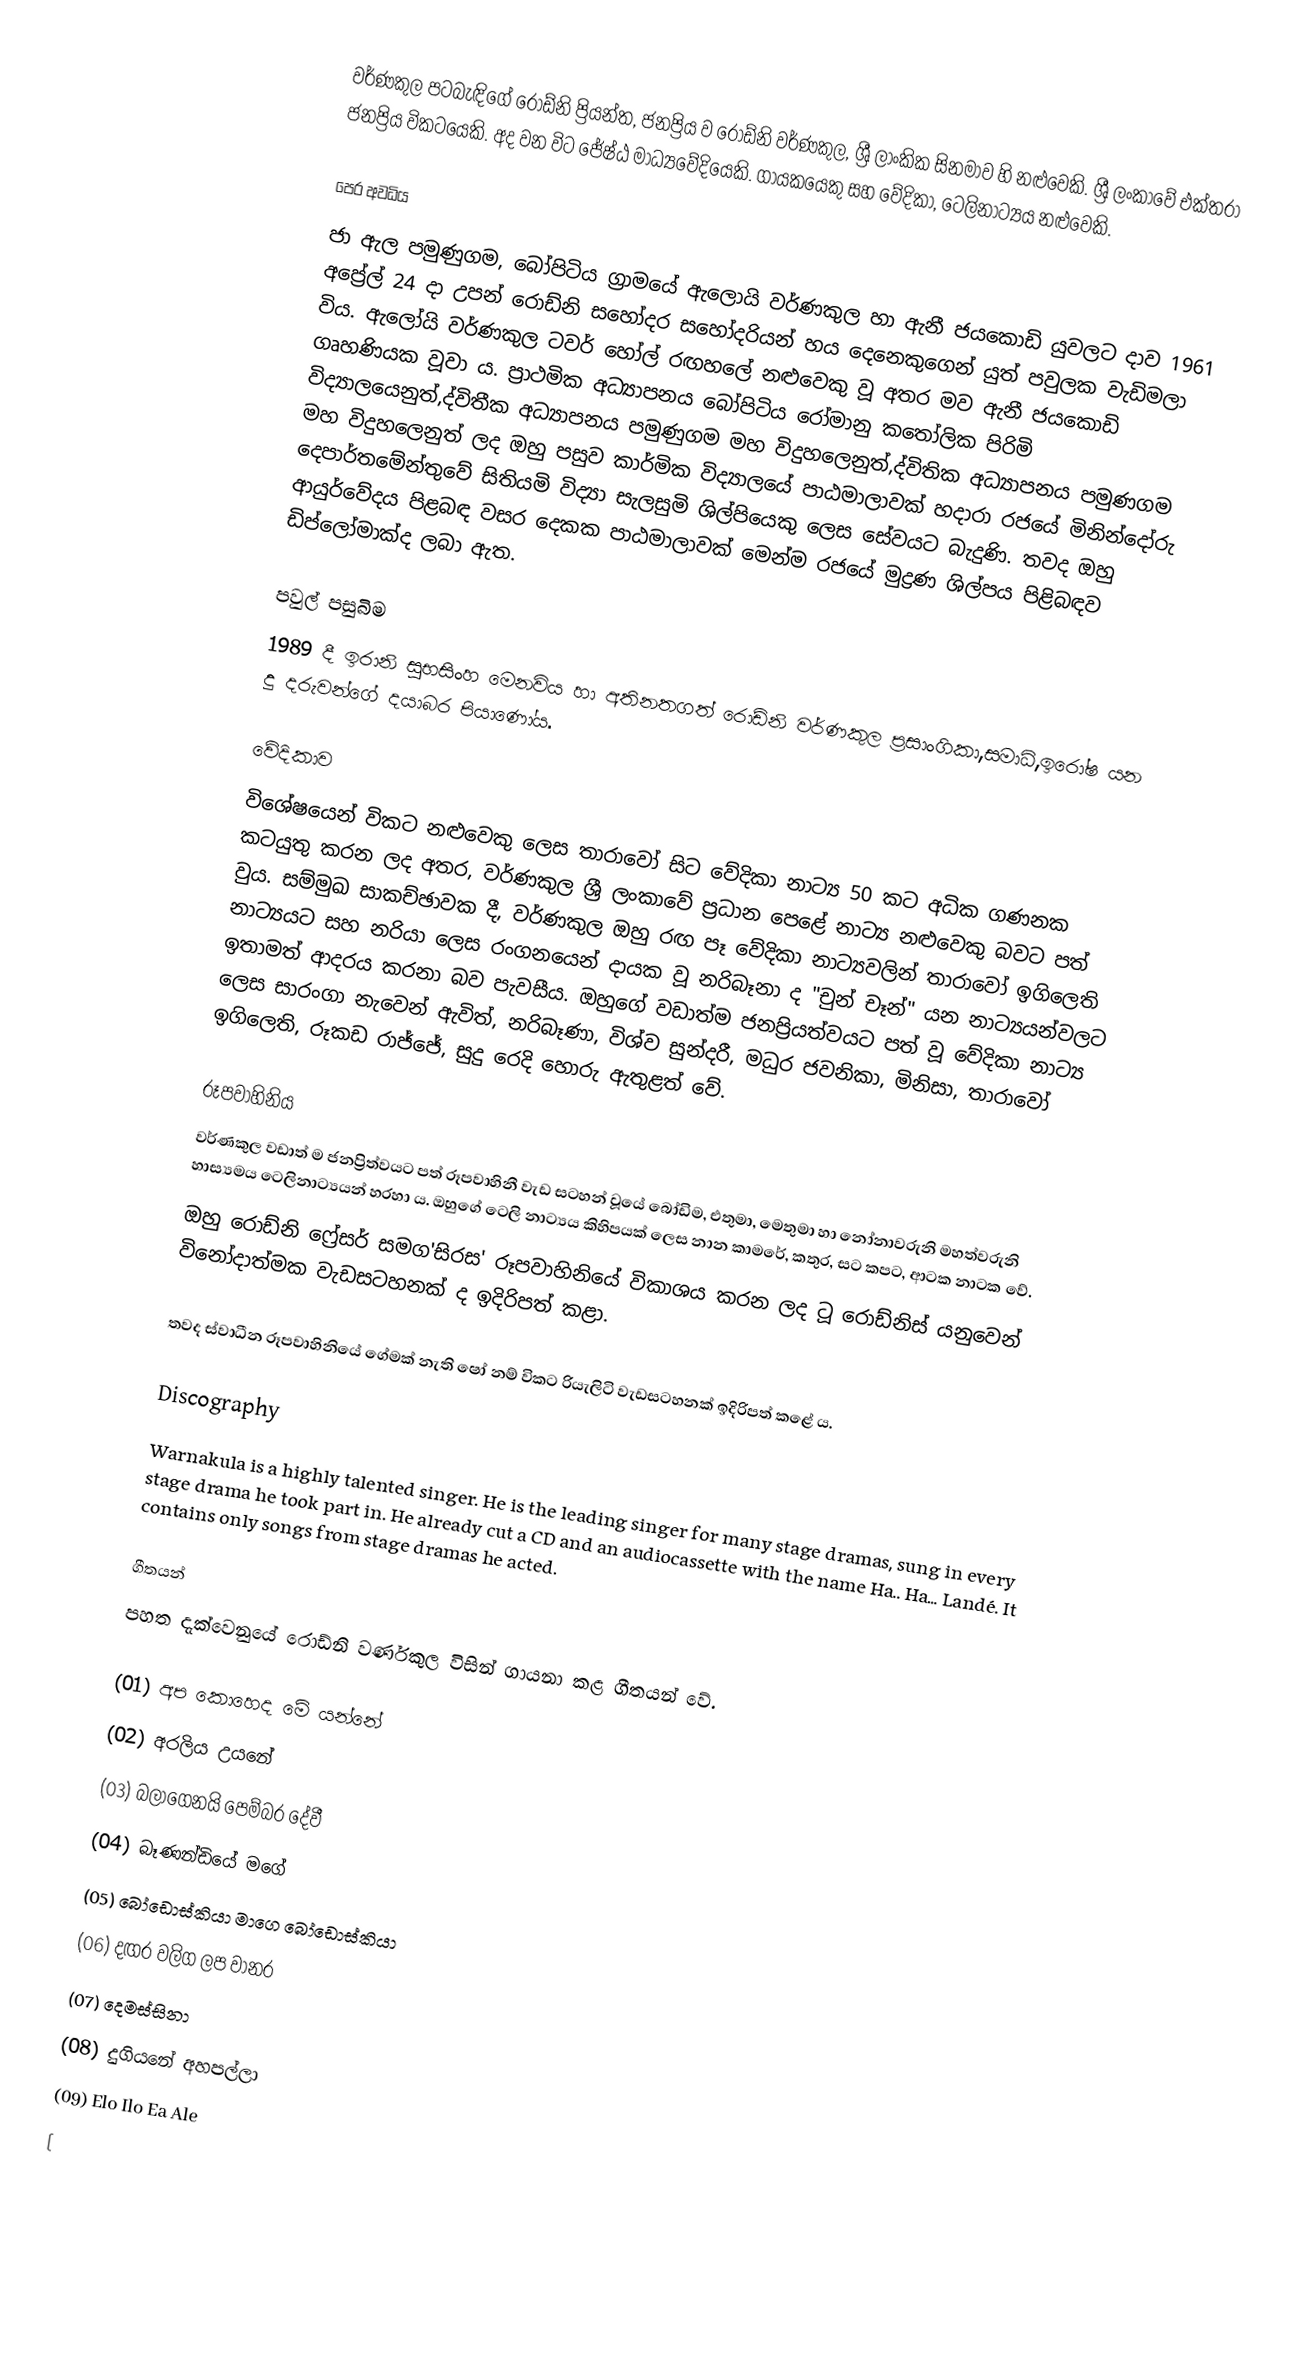
වර්ණකුල පටබැඳිගේ රොඩ්නි ප්‍රියන්ත, ජනප්‍රිය ව රොඩ්නි වර්ණකුල, ශ්‍රී ලාංකික සිනමාව හි නළුවෙකි. ශ්‍රී ලංකාවේ එක්තරා ජනප්‍රිය විකටයෙකි. අද වන විට ජේෂ්ඨ මාධ්‍යවේදියෙකි. ගායකයෙකු සහ වේදිකා, ටෙලිනාට්‍යය නළුවෙකි.

පෙර අවධිය
ජා ඇල පමුණුගම, බෝපිටිය ග්‍රාමයේ ඇලොයි වර්ණකුල හා ඇනී ජයකොඩි යුවලට දාව 1961 අප්‍රේල් 24 දා උපන් රොඩ්නි සහෝදර සහෝදරියන් හය දෙනෙකුගෙන් යුත් පවුලක වැඩිමලා විය. ඇලෝයි වර්ණකුල ටවර් හෝල් රඟහලේ නළුවෙකු වූ අතර මව ඇනී ජයකොඩි ගෘහණියක වූවා ය. ප්‍රාථමික අධ්‍යාපනය බෝපිටිය රෝමානු කතෝලික පිරිමි විද්‍යාලයෙනුත්,ද්විතීක අධ්‍යාපනය පමුණුගම මහ විදුහ‍ලෙනුත්,ද්විතික අධ්‍යාපනය පමුණගම මහ විදුහලෙනුත් ලද ඔහු පසුව කාර්මික විද්‍යාලයේ පාඨමාලාවක් හදාරා රජයේ මිනින්දෝරු දෙපාර්තමේන්තුවේ සිතියමි විද්‍යා සැලසුමි ශිල්පියෙකු ලෙස සේවයට බැදුණි. තවද ඔහු ආයුර්වේදය පිළබඳ වසර දෙකක පාඨමාලාවක් මෙන්ම රජයේ මුද්‍රණ ශිල්පය පිළිබඳව ඩිප්ලෝමාක්ද ලබා ඇත.

පවුල් පසුබිම
1989 දී ඉරානි සුභසිංහ මෙනවිය හා අතිනතගත් රොඩ්නි වර්ණකුල ප්‍රසාංගිකා,සමාධි,ඉරෝෂ යන දු දරුවන්ගේ දයාබර පියාණෝය.

වේදිකාව
විශේෂයෙන් විකට නළුවෙකු ලෙස තාරාවෝ සිට වේදිකා නාට්‍ය 50 කට අධික ගණනක කටයුතු කරන ලද අතර, වර්ණකුල ශ්‍රී ලංකාවේ ප්‍රධාන පෙළේ නාට්‍ය නළුවෙකු බවට පත් වුය. සම්මුඛ සාකච්ඡාවක දී, වර්ණකුල ඔහු රඟ පෑ වේදිකා නාට්‍යවලින් තාරාවෝ ඉගිලෙති නාට්‍යයට සහ නරියා ලෙස රංගනයෙන් දායක වූ නරිබෑනා ද "චුන් චෑන්" යන නාට්‍යයන්වලට ඉතාමත් ආදරය කරනා බව පැවසීය. ඔහුගේ වඩාත්ම ජනප්‍රියත්වයට පත් වූ වේදිකා නාට්‍ය ලෙස සාරංගා නැවෙන් ඇවිත්, නරිබෑණා, විශ්ව සුන්දරී, මධුර ජවනිකා, මිනිසා, තාරාවෝ ඉගිලෙති, රූකඩ රාජ්ජේ,  සුදු රෙදි හොරු ඇතුළත් වේ.

රූපවාහිනිය
වර්ණකුල වඩාත් ම ජනප්‍රිත්වයට පත් රූපවාහිනී වැඩ සටහන් වූයේ බෝඩිම,  එතුමා, මෙතුමා හා නෝනාවරුනි මහත්වරුනි හාස්‍යමය ටෙලිනාට්‍යයන් හරහා ය. ඔහුගේ ටෙලි නාට්‍යය කිහිපයක් ලෙස නාන කාමරේ, කතුර, සට කපට, ආටක නාටක වේ.
ඔහු රොඩ්නි ෆ්‍රේසර් සමග'සිරස' රූපවාහිනියේ විකාශය කරන ලද ටූ රොඩ්නිස් යනුවෙන් විනෝදාත්මක වැඩසටහනක් ද ඉදිරිපත් කළා.

තවද ස්වාධීන රූපවාහිනියේ ගේමක් නැති ෂෝ නම් විකට රියැලිටි වැඩසටහනක් ඉදිරිපත් කළේ ය.

Discography
Warnakula is a highly talented singer. He is the leading singer for many stage dramas, sung in every stage drama he took part in. He already cut a CD and an audiocassette with the name Ha.. Ha… Landé. It contains only songs from stage dramas he acted.

ගීතයන්
පහත දැක්වෙනුයේ රොඩ්නි වර්ණකුල විසින් ගායනා කළ ගීතයන් වේ.

(01) අප කොහෙද මේ යන්නේ
(02) අරලිය උයනේ
(03) බලාගෙනයි පෙම්බර දේවී
(04) බෑණන්ඩියේ මගේ
(05) බෝඩොස්කියා මාගෙ බෝඩොස්කියා
(06) දඟර වලිග ලප වානර
(07) දෙමස්සිනා
(08) දුගියනේ අහපල්ලා
(09) Elo Ilo Ea Ale
(